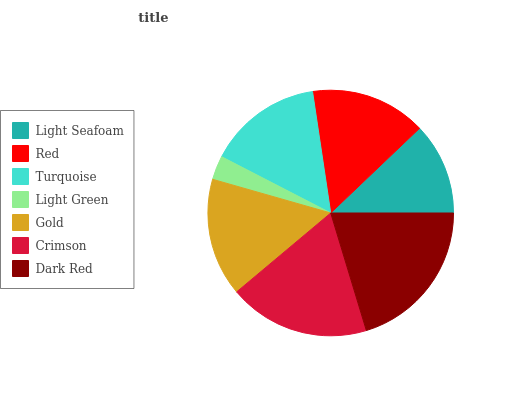
| Light Seafoam | Red | Turquoise | Light Green | Gold | Crimson | Dark Red |
 | --- | --- | --- | --- | --- | --- | --- |
 | 12.1% | 15.2% | 15.1% | 3.15% | 15.5% | 18.6% | 20.3% |